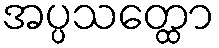
အပ္ပသတ္ထော